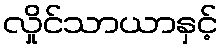
လှိုင်သာယာနှင့်